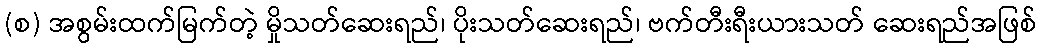
(စ) အစွမ်းထက်မြက်တဲ့ မှိုသတ်ဆေးရည်၊ ပိုးသတ်ဆေးရည်၊ ဗက်တီးရီးယားသတ် ဆေးရည်အဖြစ်